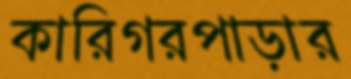
কারিগরপাড়ার